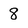
Character: 8